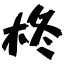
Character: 柊